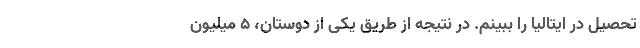
تحصیل در ایتالیا را ببینم. در نتیجه از طریق یکی از دوستان، ۵ میلیون